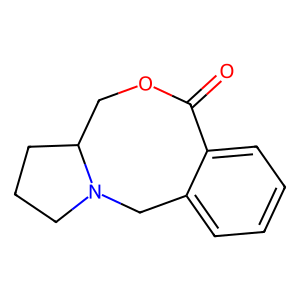
SMILES: O=C1OCC2CCCN2Cc2ccccc21
Inhibits HIV replication: No